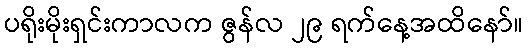
ပရိုးမိုးရှင်းကာလက ဇွန်လ ၂၉ ရက်နေ့အထိနော်။